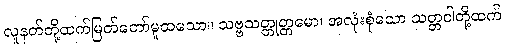
လူနတ်တို့ထက်မြတ်တော်မူထသော။ သဗ္ဗသတ္တုတ္တမော၊ အလုံးစုံသော သတ္တဝါတို့ထက်